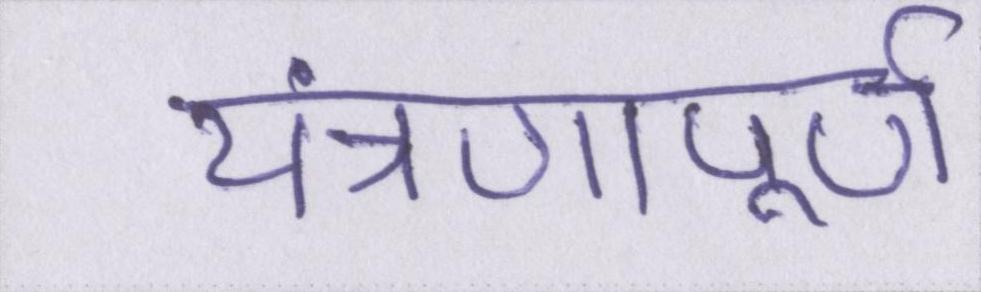
यंत्रणापूर्ण